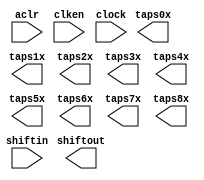
// megafunction wizard: %Shift register (RAM-based)%VBB%
// GENERATION: STANDARD
// VERSION: WM1.0
// MODULE: ALTSHIFT_TAPS 

// ============================================================
// Megafunction Name(s):
// 			ALTSHIFT_TAPS
//
// Simulation Library Files(s):
// 			altera_mf
// ============================================================
// ************************************************************
// THIS IS A WIZARD-GENERATED FILE. DO NOT EDIT THIS FILE!
//
// 14.0.0 Build 200 06/17/2014 SJ Full Version
// ************************************************************

//Copyright (C) 1991-2014 Altera Corporation. All rights reserved.
//Your use of Altera Corporation's design tools, logic functions 
//and other software and tools, and its AMPP partner logic 
//functions, and any output files from any of the foregoing 
//(including device programming or simulation files), and any 
//associated documentation or information are expressly subject 
//to the terms and conditions of the Altera Program License 
//Subscription Agreement, the Altera Quartus II License Agreement,
//the Altera MegaCore Function License Agreement, or other 
//applicable license agreement, including, without limitation, 
//that your use is for the sole purpose of programming logic 
//devices manufactured by Altera and sold by Altera or its 
//authorized distributors.  Please refer to the applicable 
//agreement for further details.

module line_buf_40pts_9lines (
	aclr,
	clken,
	clock,
	shiftin,
	shiftout,
	taps0x,
	taps1x,
	taps2x,
	taps3x,
	taps4x,
	taps5x,
	taps6x,
	taps7x,
	taps8x);

	input	  aclr;
	input	  clken;
	input	  clock;
	input	[15:0]  shiftin;
	output	[15:0]  shiftout;
	output	[15:0]  taps0x;
	output	[15:0]  taps1x;
	output	[15:0]  taps2x;
	output	[15:0]  taps3x;
	output	[15:0]  taps4x;
	output	[15:0]  taps5x;
	output	[15:0]  taps6x;
	output	[15:0]  taps7x;
	output	[15:0]  taps8x;
`ifndef ALTERA_RESERVED_QIS
// synopsys translate_off
`endif
	tri1	  aclr;
	tri1	  clken;
`ifndef ALTERA_RESERVED_QIS
// synopsys translate_on
`endif

endmodule

// ============================================================
// CNX file retrieval info
// ============================================================
// Retrieval info: PRIVATE: ACLR NUMERIC "1"
// Retrieval info: PRIVATE: CLKEN NUMERIC "1"
// Retrieval info: PRIVATE: GROUP_TAPS NUMERIC "1"
// Retrieval info: PRIVATE: INTENDED_DEVICE_FAMILY STRING "Cyclone V"
// Retrieval info: PRIVATE: NUMBER_OF_TAPS NUMERIC "9"
// Retrieval info: PRIVATE: RAM_BLOCK_TYPE NUMERIC "1"
// Retrieval info: PRIVATE: SYNTH_WRAPPER_GEN_POSTFIX STRING "0"
// Retrieval info: PRIVATE: TAP_DISTANCE NUMERIC "40"
// Retrieval info: PRIVATE: WIDTH NUMERIC "16"
// Retrieval info: LIBRARY: altera_mf altera_mf.altera_mf_components.all
// Retrieval info: CONSTANT: INTENDED_DEVICE_FAMILY STRING "Cyclone V"
// Retrieval info: CONSTANT: LPM_HINT STRING "RAM_BLOCK_TYPE=M10K"
// Retrieval info: CONSTANT: LPM_TYPE STRING "altshift_taps"
// Retrieval info: CONSTANT: NUMBER_OF_TAPS NUMERIC "9"
// Retrieval info: CONSTANT: TAP_DISTANCE NUMERIC "40"
// Retrieval info: CONSTANT: WIDTH NUMERIC "16"
// Retrieval info: USED_PORT: aclr 0 0 0 0 INPUT VCC "aclr"
// Retrieval info: USED_PORT: clken 0 0 0 0 INPUT VCC "clken"
// Retrieval info: USED_PORT: clock 0 0 0 0 INPUT NODEFVAL "clock"
// Retrieval info: USED_PORT: shiftin 0 0 16 0 INPUT NODEFVAL "shiftin[15..0]"
// Retrieval info: USED_PORT: shiftout 0 0 16 0 OUTPUT NODEFVAL "shiftout[15..0]"
// Retrieval info: USED_PORT: taps0x 0 0 16 0 OUTPUT NODEFVAL "taps0x[15..0]"
// Retrieval info: USED_PORT: taps1x 0 0 16 0 OUTPUT NODEFVAL "taps1x[15..0]"
// Retrieval info: USED_PORT: taps2x 0 0 16 0 OUTPUT NODEFVAL "taps2x[15..0]"
// Retrieval info: USED_PORT: taps3x 0 0 16 0 OUTPUT NODEFVAL "taps3x[15..0]"
// Retrieval info: USED_PORT: taps4x 0 0 16 0 OUTPUT NODEFVAL "taps4x[15..0]"
// Retrieval info: USED_PORT: taps5x 0 0 16 0 OUTPUT NODEFVAL "taps5x[15..0]"
// Retrieval info: USED_PORT: taps6x 0 0 16 0 OUTPUT NODEFVAL "taps6x[15..0]"
// Retrieval info: USED_PORT: taps7x 0 0 16 0 OUTPUT NODEFVAL "taps7x[15..0]"
// Retrieval info: USED_PORT: taps8x 0 0 16 0 OUTPUT NODEFVAL "taps8x[15..0]"
// Retrieval info: CONNECT: @aclr 0 0 0 0 aclr 0 0 0 0
// Retrieval info: CONNECT: @clken 0 0 0 0 clken 0 0 0 0
// Retrieval info: CONNECT: @clock 0 0 0 0 clock 0 0 0 0
// Retrieval info: CONNECT: @shiftin 0 0 16 0 shiftin 0 0 16 0
// Retrieval info: CONNECT: shiftout 0 0 16 0 @shiftout 0 0 16 0
// Retrieval info: CONNECT: taps0x 0 0 16 0 @taps 0 0 16 0
// Retrieval info: CONNECT: taps1x 0 0 16 0 @taps 0 0 16 16
// Retrieval info: CONNECT: taps2x 0 0 16 0 @taps 0 0 16 32
// Retrieval info: CONNECT: taps3x 0 0 16 0 @taps 0 0 16 48
// Retrieval info: CONNECT: taps4x 0 0 16 0 @taps 0 0 16 64
// Retrieval info: CONNECT: taps5x 0 0 16 0 @taps 0 0 16 80
// Retrieval info: CONNECT: taps6x 0 0 16 0 @taps 0 0 16 96
// Retrieval info: CONNECT: taps7x 0 0 16 0 @taps 0 0 16 112
// Retrieval info: CONNECT: taps8x 0 0 16 0 @taps 0 0 16 128
// Retrieval info: GEN_FILE: TYPE_NORMAL line_buf_40pts_9lines.v TRUE
// Retrieval info: GEN_FILE: TYPE_NORMAL line_buf_40pts_9lines.inc FALSE
// Retrieval info: GEN_FILE: TYPE_NORMAL line_buf_40pts_9lines.cmp FALSE
// Retrieval info: GEN_FILE: TYPE_NORMAL line_buf_40pts_9lines.bsf FALSE
// Retrieval info: GEN_FILE: TYPE_NORMAL line_buf_40pts_9lines_inst.v FALSE
// Retrieval info: GEN_FILE: TYPE_NORMAL line_buf_40pts_9lines_bb.v TRUE
// Retrieval info: LIB_FILE: altera_mf